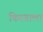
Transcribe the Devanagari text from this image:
किरवाला